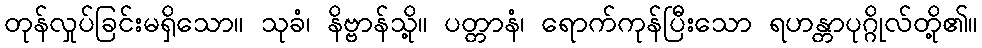
တုန်လှုပ်ခြင်းမရှိသော။ သုခံ၊ နိဗ္ဗာန်သို့။ ပတ္တာနံ၊ ရောက်ကုန်ပြီးသော ရဟန္တာပုဂ္ဂိုလ်တို့၏။